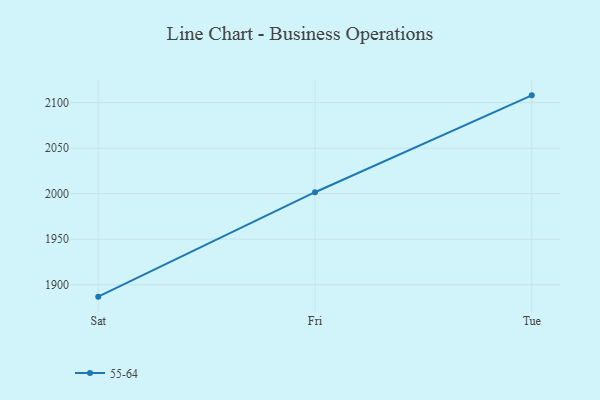
{"axis": {"x": "Day", "y": "Waste Production (Tons)"}, "legend": ["55-64"], "data": [{"x": "Sat", "y": 1886.9, "type": "55-64"}, {"x": "Fri", "y": 2001.6, "type": "55-64"}, {"x": "Tue", "y": 2108.0, "type": "55-64"}]}